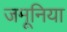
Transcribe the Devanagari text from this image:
जमूनिया